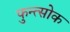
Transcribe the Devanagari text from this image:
फुन्त्सोक